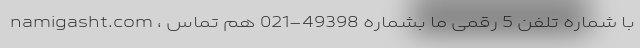
namigasht.com ، با شماره تلفن 5 رقمی ما بشماره 49398-021 هم تماس